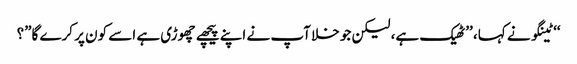
‘‘ ٹینگو نے کہا، ’’ٹھیک ہے، لیکن جو خلا آپ نے اپنے پیچھے چھوڑی ہے اسے کون پر کرے گا”؟